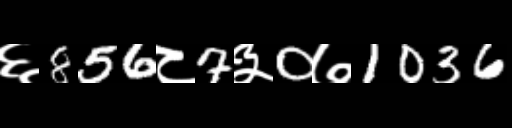
Text: ६856८7३0७1036